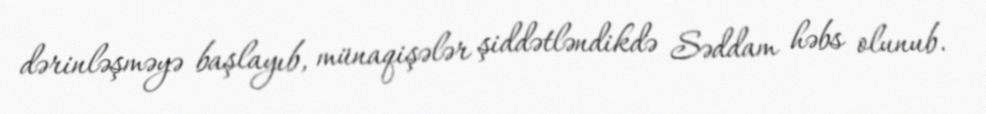
dərinləşməyə başlayıb, münaqişələr şiddətləndikdə Səddam həbs olunub.